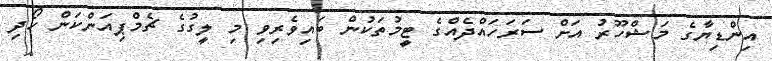
އިންޑިޔާގެ މަޝްހޫރު އަށް ސަރަހައްދެއްގެ ޓީމުތަކުން ބައިވެރިވި މި ލީގުގެ ޗެމްޕިއަންކަން ހޯދި